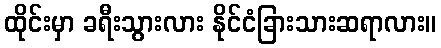
ထိုင်းမှာ ခရီးသွားလား နိုင်ငံခြားသားဆရာလား။